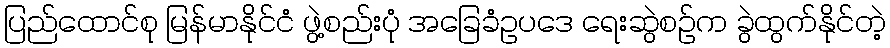
ပြည်ထောင်စု မြန်မာနိုင်ငံ ဖွဲ့စည်းပုံ အခြေခံဥပဒေ ရေးဆွဲစဉ်က ခွဲထွက်နိုင်တဲ့